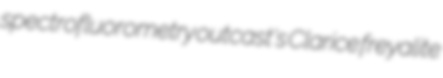
spectrofluorometry outcast's Clarice freyalite